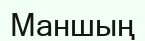
Маншың